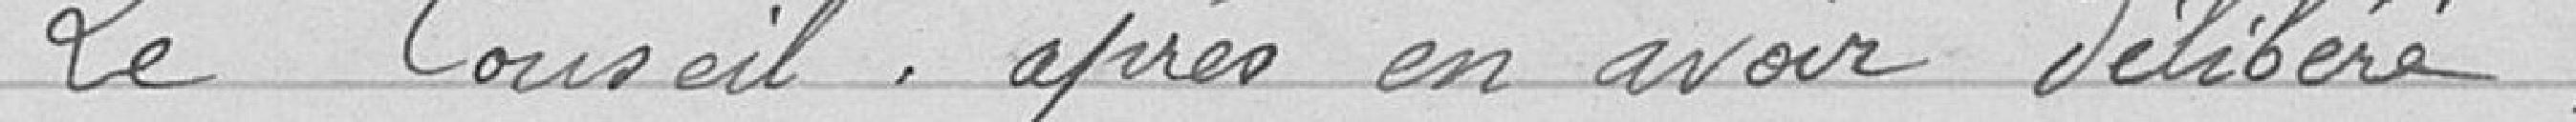
Le Conseil après en avoir délibéré.